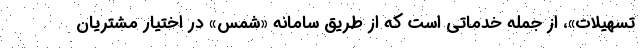
تسهیلات»، از جمله خدماتی است که از طریق سامانه «شمس» در اختیار مشتریان